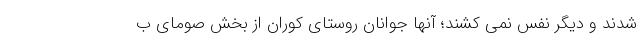
شدند و دیگر نفس نمی کشند؛ آنها جوانان روستای کوران از بخش صومای ب